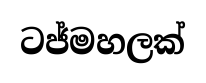
ටජ්මහලක්